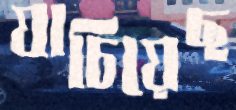
যাচিয়েছ